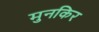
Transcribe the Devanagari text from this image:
मुनकिर